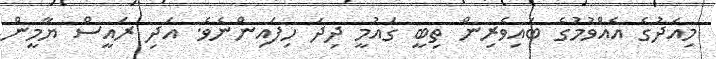
މިއަދުގެ އެއްވުމުގެ ބައިވެރިން ތިބީ ގައުމީ ދިދަ ހިފައިންްނެވެ. އަދި ރައީސް ޔާމީން